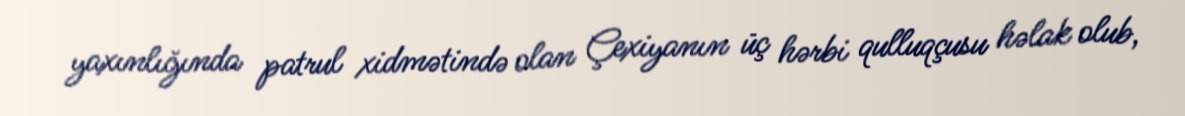
yaxınlığında patrul xidmətində olan Çexiyanın üç hərbi qulluqçusu həlak olub,